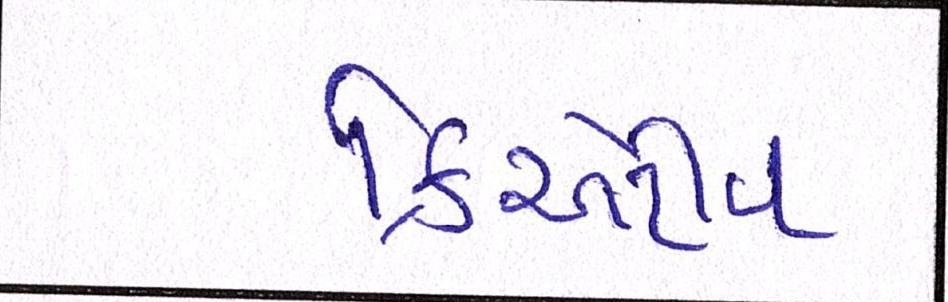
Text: ક્રિએટીવ